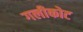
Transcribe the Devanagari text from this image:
गलीकोट